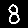
Digit: 8